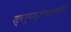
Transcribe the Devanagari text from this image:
स्वरूपज्ञानशून्येन